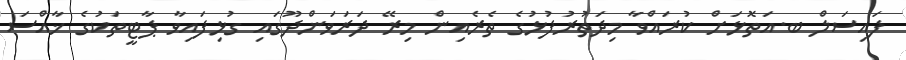
ފައިސަލް ބ.އަތޮޅަށް ކުރައްވާ މިދަތުރުފުޅުގެ ތެރެއިން މިރޭ ދަރަވަންދޫގައި ގުޅިފައިވާ ޕާޓީތަކުގެ ޚާއްސަ